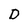
Character: D